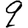
Digit: 9